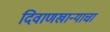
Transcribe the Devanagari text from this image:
दिवाणखान्याचा